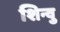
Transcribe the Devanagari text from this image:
शिन्वु